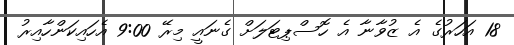
18 އަހަރުގެ އެ ޒުވާނާ އެ ހޮސްޕިޓަލަށް ގެނައީ މިރޭ 9:00 އެހައިކަންހާއިރު